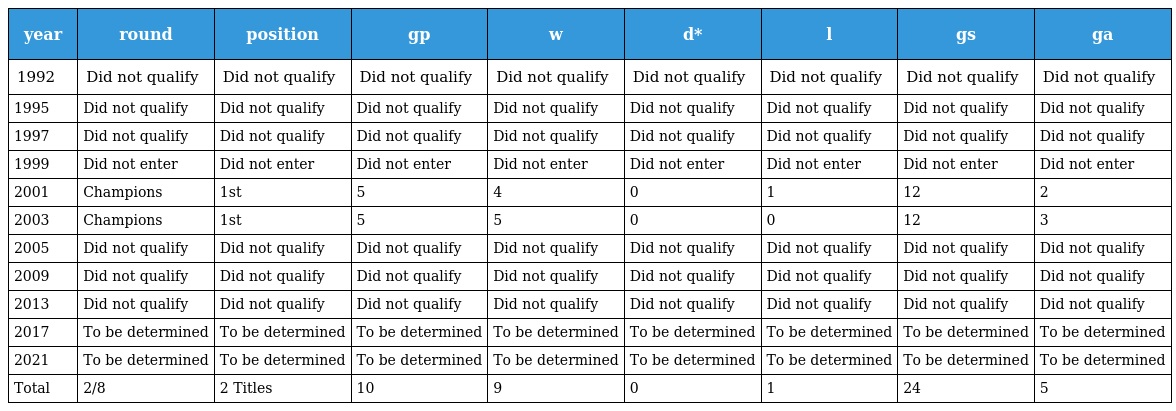
| year | round | position | gp | w | d* | l | gs | ga |
 | --- | --- | --- | --- | --- | --- | --- | --- | --- |
 | 1992 | Did not qualify | Did not qualify | Did not qualify | Did not qualify | Did not qualify | Did not qualify | Did not qualify | Did not qualify |
 | 1995 | Did not qualify | Did not qualify | Did not qualify | Did not qualify | Did not qualify | Did not qualify | Did not qualify | Did not qualify |
 | 1997 | Did not qualify | Did not qualify | Did not qualify | Did not qualify | Did not qualify | Did not qualify | Did not qualify | Did not qualify |
 | 1999 | Did not enter | Did not enter | Did not enter | Did not enter | Did not enter | Did not enter | Did not enter | Did not enter |
 | 2001 | Champions | 1st | 5 | 4 | 0 | 1 | 12 | 2 |
 | 2003 | Champions | 1st | 5 | 5 | 0 | 0 | 12 | 3 |
 | 2005 | Did not qualify | Did not qualify | Did not qualify | Did not qualify | Did not qualify | Did not qualify | Did not qualify | Did not qualify |
 | 2009 | Did not qualify | Did not qualify | Did not qualify | Did not qualify | Did not qualify | Did not qualify | Did not qualify | Did not qualify |
 | 2013 | Did not qualify | Did not qualify | Did not qualify | Did not qualify | Did not qualify | Did not qualify | Did not qualify | Did not qualify |
 | 2017 | To be determined | To be determined | To be determined | To be determined | To be determined | To be determined | To be determined | To be determined |
 | 2021 | To be determined | To be determined | To be determined | To be determined | To be determined | To be determined | To be determined | To be determined |
 | Total | 2/8 | 2 Titles | 10 | 9 | 0 | 1 | 24 | 5 |